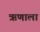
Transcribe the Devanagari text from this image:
ऋणाला